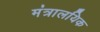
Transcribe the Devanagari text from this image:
मंत्रालयिक